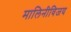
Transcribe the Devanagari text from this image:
मालिनीविजय